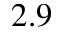
2 . 9